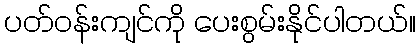
ပတ်ဝန်းကျင်ကို ပေးစွမ်းနိုင်ပါတယ်။